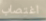
اغتصاب